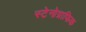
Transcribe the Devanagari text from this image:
स्टेनोग्राफिक